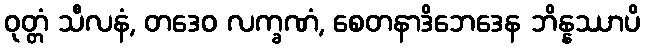
ဝုတ္တံ သီလနံ, တဒေဝ လက္ခဏံ, စေတနာဒိဘေဒေန ဘိန္နဿာပိ